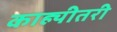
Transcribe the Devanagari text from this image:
काह्यीतरी